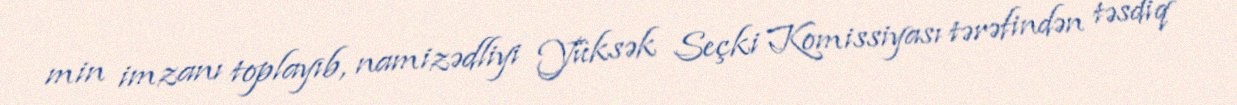
min imzanı toplayıb, namizədliyi Yüksək Seçki Komissiyası tərəfindən təsdiq